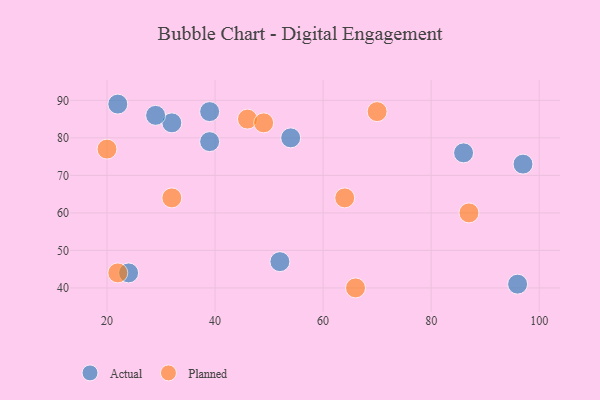
{"axis": {"x": "GDP", "y": "Life Expectancy"}, "legend": ["Actual", "Planned"], "data": [{"x": "86", "y": 76, "type": "Actual"}, {"x": "39", "y": 79, "type": "Actual"}, {"x": "22", "y": 89, "type": "Actual"}, {"x": "32", "y": 84, "type": "Actual"}, {"x": "54", "y": 80, "type": "Actual"}, {"x": "96", "y": 41, "type": "Actual"}, {"x": "39", "y": 87, "type": "Actual"}, {"x": "24", "y": 44, "type": "Actual"}, {"x": "52", "y": 47, "type": "Actual"}, {"x": "97", "y": 73, "type": "Actual"}, {"x": "29", "y": 86, "type": "Actual"}, {"x": "46", "y": 85, "type": "Planned"}, {"x": "70", "y": 87, "type": "Planned"}, {"x": "22", "y": 44, "type": "Planned"}, {"x": "64", "y": 64, "type": "Planned"}, {"x": "32", "y": 64, "type": "Planned"}, {"x": "49", "y": 84, "type": "Planned"}, {"x": "66", "y": 40, "type": "Planned"}, {"x": "87", "y": 60, "type": "Planned"}, {"x": "20", "y": 77, "type": "Planned"}]}